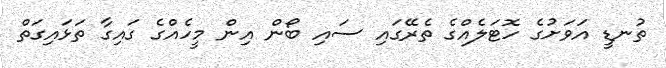
ތުނޑީ އަވަށުގެ ހޮޓަލެއްގެ ތެރޭގައި ސައި ބޯން އިން މީހެއްގެ ގައިގާ ތަޅައިގަތް